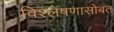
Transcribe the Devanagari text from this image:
विश्लेषणासोबत